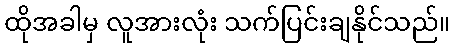
ထိုအခါမှ လူအားလုံး သက်ပြင်းချနိုင်သည်။